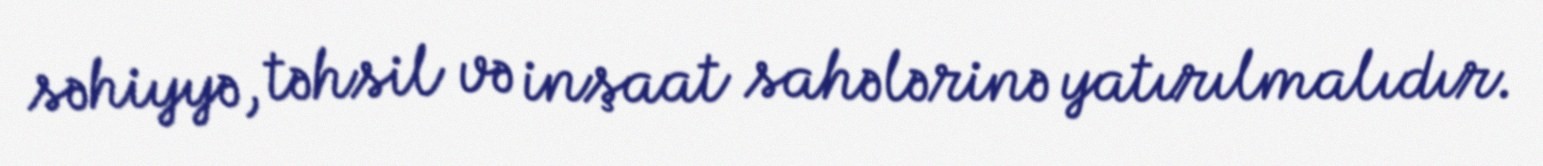
səhiyyə, təhsil və inşaat sahələrinə yatırılmalıdır.